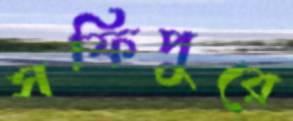
সফিপুরে